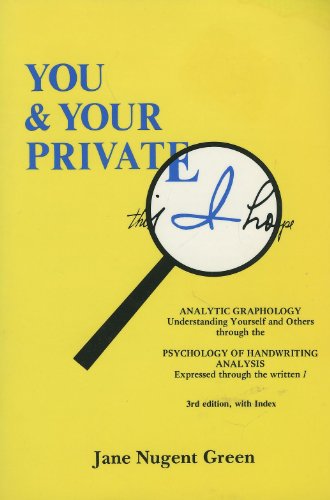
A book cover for You & your private I: Personality and the written self-image; Jane Nugent Green; Self-Help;